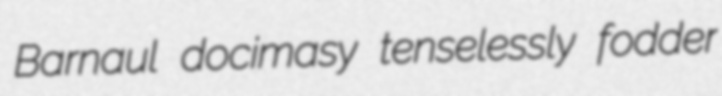
Barnaul docimasy tenselessly fodder